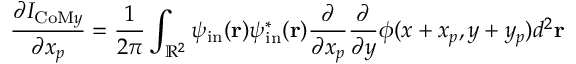
\frac { \partial I _ { \mathrm { C o M } y } } { \partial x _ { p } } = \frac { 1 } { 2 \pi } \int _ { \mathbb { R } ^ { 2 } } \psi _ { \mathrm { i n } } ( \mathbf { r } ) \psi _ { \mathrm { i n } } ^ { * } ( \mathbf { r } ) \frac { \partial } { \partial x _ { p } } \frac { \partial } { \partial y } \phi ( x + x _ { p } , y + y _ { p } ) d ^ { 2 } \mathbf { r }